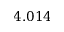
4 . 0 1 4